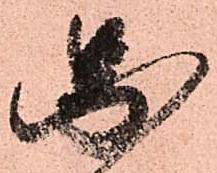
圖